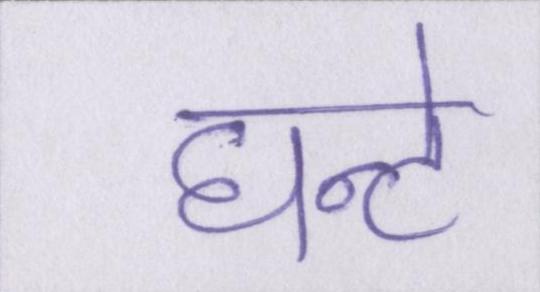
घन्टे